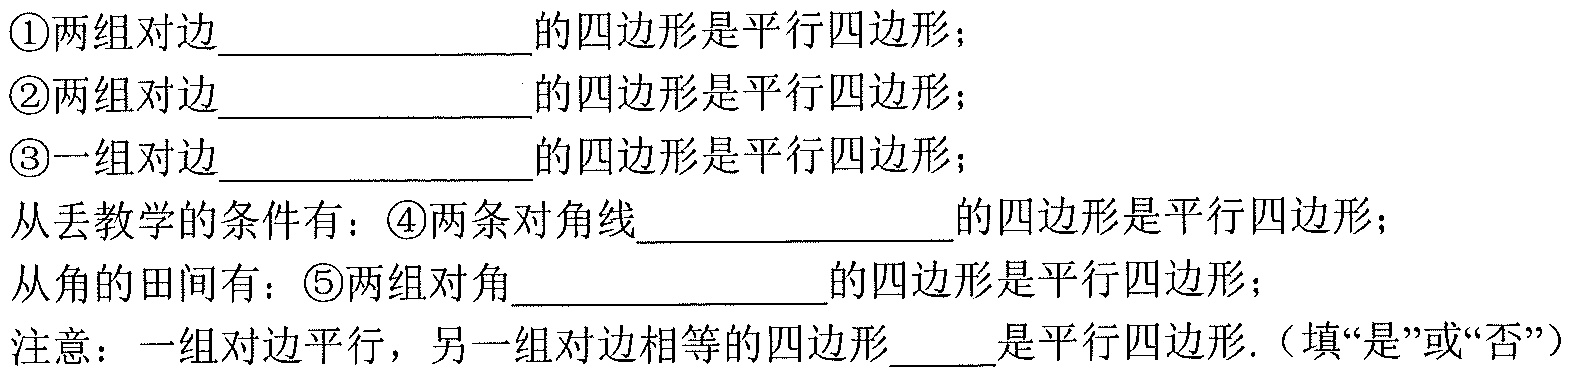
\textcircled{1}两组对边______________的四边形是平行四边形；
\textcircled{2}两组对边______________的四边形是平行四边形；
\textcircled{3}一组对边______________的四边形是平行四边形；
从边教学的条件有：\textcircled{4}两条对角线______________的四边形是平行四边形；
从角的田间有：\textcircled{5}两组对角______________的四边形是平行四边形；
注意：一组对边平行，另一组对边相等的四边形_____是平行四边形.（填“是”或“否”）